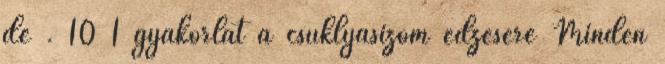
de . 10 1 gyakorlat a csuklyásizom edzésére Minden